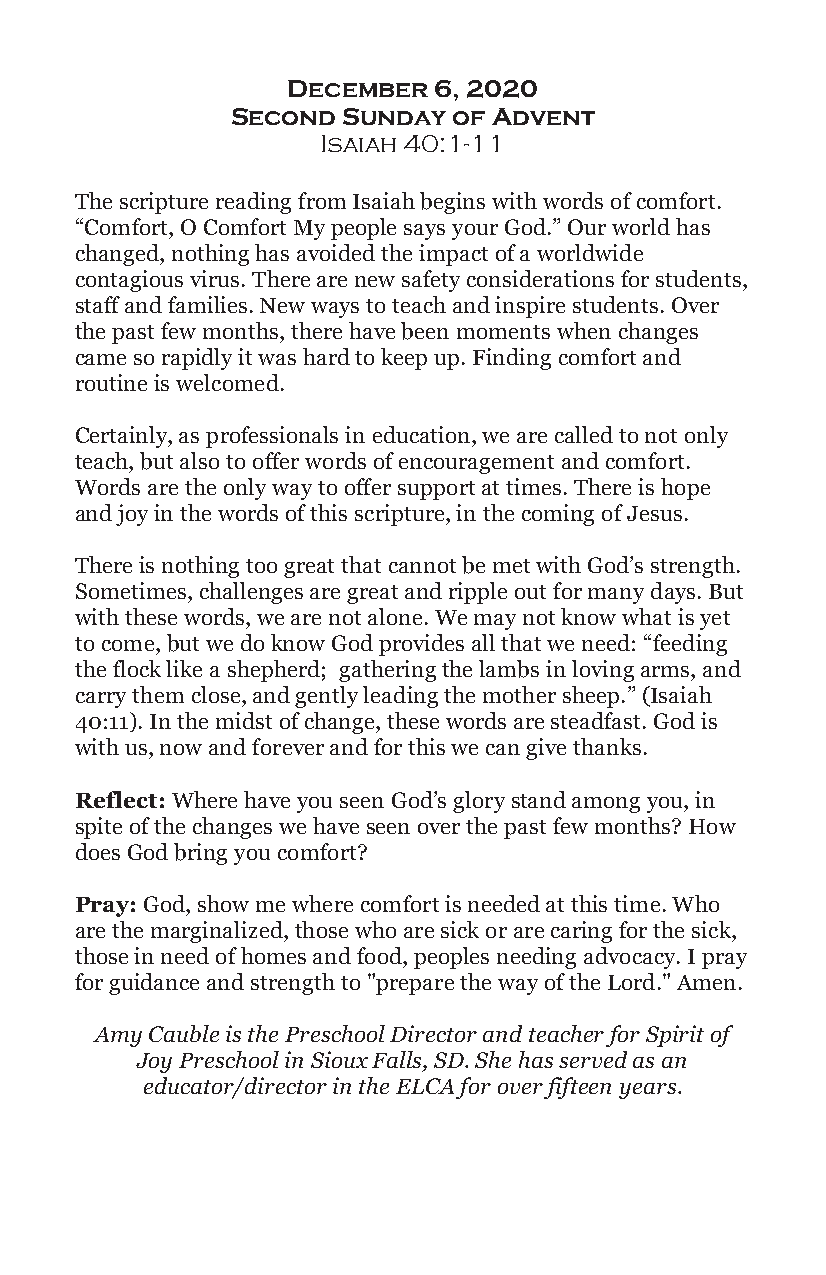
December  6, 2020
 Second  Sunday of Advent
 Isaiah 40:1-11
 The scripture reading from Isaiah begins with words of comfort.
 “Comfort, O Comfort My people says your God.” Our world has
 changed, nothing has avoided the impact of a worldwide
 contagious virus. There are new safety considerations for students,
 staff and families. New ways to teach and inspire students. Over
 the past few months, there have been moments when changes
 came so rapidly it was hard to keep up. Finding comfort and
 routine is welcomed.
 Certainly, as professionals in education, we are called to not only
 teach, but also to offer words of encouragement and comfort.
 Words are the only way to offer support at times. There is hope
 and joy in the words of this scripture, in the coming of Jesus.
 There is nothing too great that cannot be met with God’s strength.
 Sometimes, challenges are great and ripple out for many days. But
 with these words, we are not alone. We may not know what is yet
 to come, but we do know God provides all that we need: “feeding
 the flock like a shepherd; gathering the lambs in loving arms, and
 carry them close, and gently leading the mother sheep.” (Isaiah
 40:11). In the midst of change, these words are steadfast. God is
 with us, now and forever and for this we can give thanks.
 Reflect: Where have you seen God’s glory stand among you, in
 spite of the changes we have seen over the past few months? How
 does God bring you comfort?
 Pray: God, show me where comfort is needed at this time. Who
 are the marginalized, those who are sick or are caring for the sick,
 those in need of homes and food, peoples needing advocacy. I pray
 for guidance and strength to "prepare the way of the Lord." Amen.
 Amy Cauble is the Preschool Director and teacher for Spirit of
 Joy Preschool in Sioux Falls, SD. She has served as an
 educator/director in the ELCA for over fifteen years.